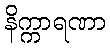
နိက္ကာရဏာ